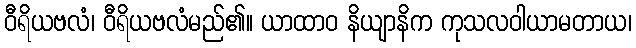
ဝီရိယဗလံ၊ ဝီရိယဗလံမည်၏။ ယာထာဝ နိယျာနိက ကုသလဝါယာမတာယ၊